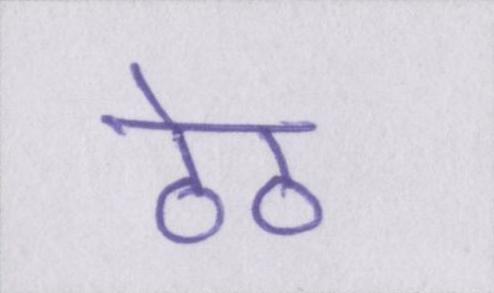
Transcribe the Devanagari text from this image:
ठेठ